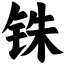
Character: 铢